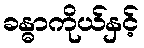
ခန္ဓာကိုယ်နှင့်